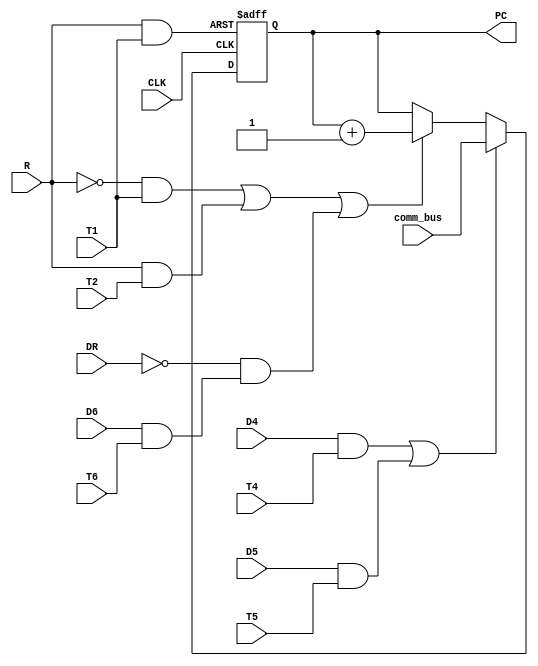
module PC(
    input [7:0] DR,
    input D6,
    input D5,
    input D4,
    input T6,
    input T5,
    input T4,
    input T2,
    input T1,
    input R,
    input CLK,
    input [2:0] comm_bus,
    output reg [2:0] PC
);

wire Load;
wire Clear;
wire INR;
assign Load = ~((D4 & T4) | (D5 & T5));
assign Clear = (R & T1);
assign INR = ((~R & T1) | (R & T2));

initial begin
    PC = 3'b000;
end

always @(posedge CLK or posedge Clear) begin
    if (Clear == 1) begin
        PC <= 3'b000;
    end else if (Load == 0) begin
        PC <= comm_bus;
    end else if (INR == 1 || (DR == 0 && D6 & T6)) begin
        PC <= PC + 1'b1;
    end
end

endmodule